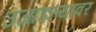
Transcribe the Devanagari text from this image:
उजाडल्यावर